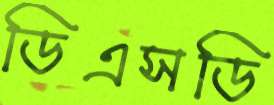
ডিএসডি